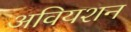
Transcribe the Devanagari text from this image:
अवियशन